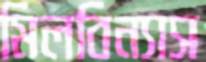
মিলবিন্যাস